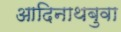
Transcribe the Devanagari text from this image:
आदिनाथबुवा